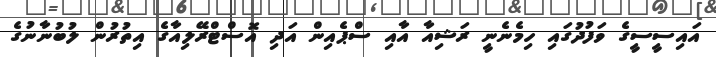
އައިސީސީގެ ވަފުދުގައި ހިމެނެނީ ރަޝިއާ އާއި ސްޕެއިން އަދި އޮސްޓްރޭލިއާގެ އިތުރުން ލުބުނާނުގެ